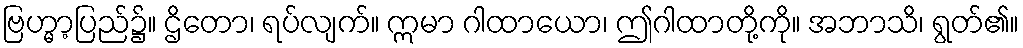
ဗြဟ္မာ့ပြည်၌။ ဌိတော၊ ရပ်လျက်။ ဣမာ ဂါထာယော၊ ဤဂါထာတို့ကို။ အဘာသိ၊ ရွတ်၏။